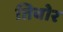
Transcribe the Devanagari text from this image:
तिबोर